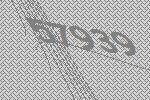
57939